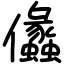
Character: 㒩